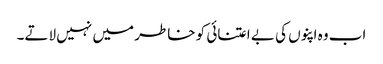
اب وہ اپنوں کی بے اعتنائی کو خاطر میں نہیں لاتے۔